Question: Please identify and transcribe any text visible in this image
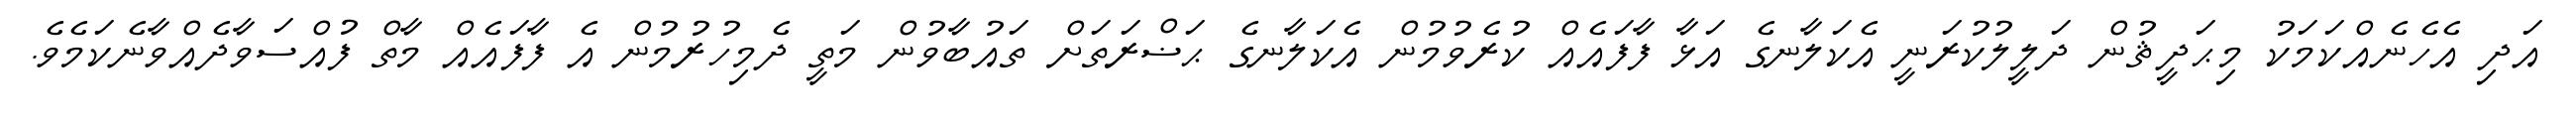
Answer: އަދި އެހެނެއްކަމަކު މިޙަދީޘުން ދަލީލުކުރަނީ އެކަލާނގެ އަޅާ ފާފައެއް ކުރެވުމުން އެކަލާނގެ ޙަޟްރަތަށް ތައުބާވުން މަތީ ދެމިހުރުމުން އެ ފާފައެއް މާތް ފުއްސަވާދެއްވާނެކަމެވެ.